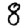
Digit: 8